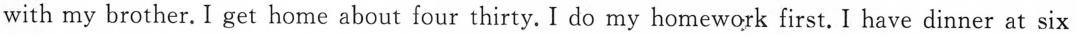
with my brother. I get home about four thirty. I do my homework first. I have dinner at six